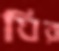
ঘির